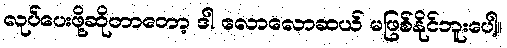
လုပ်ပေးဖို့ဆိုတာတော့ ဒါ လောလောဆယ် မဖြစ်နိုင်ဘူးပေါ့။